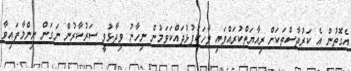
އެގޮތުން އެ ކަރުދާސްތަކަށް ރިއާޔަތްކުރައްވައި ވާހަކަފުޅުދައްކަވަމުން ނިހާނު ވިދާޅުވީ ސަރުކާރުން ނަގަން ނިންމާފައިވާ